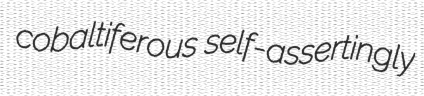
cobaltiferous self-assertingly